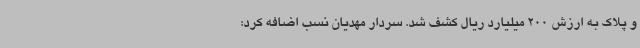
و پلاک به ارزش 200 میلیارد ریال کشف شد. سردار مهدیان نسب اضافه کرد: